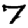
Digit: 7